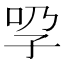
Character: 𡥕